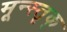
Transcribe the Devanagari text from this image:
मून्स्तृक्